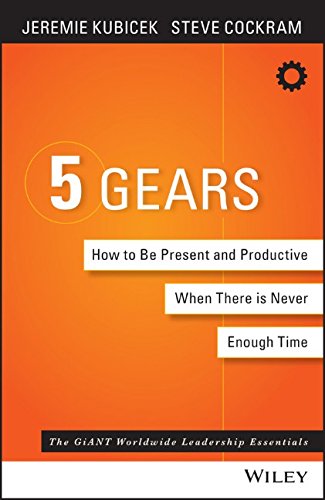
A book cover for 5 Gears: How to Be Present and Productive When There Is Never Enough Time; Jeremie Kubicek; Computers & Technology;